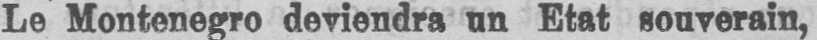
Le Montenegro deviendra un Etat souverain,